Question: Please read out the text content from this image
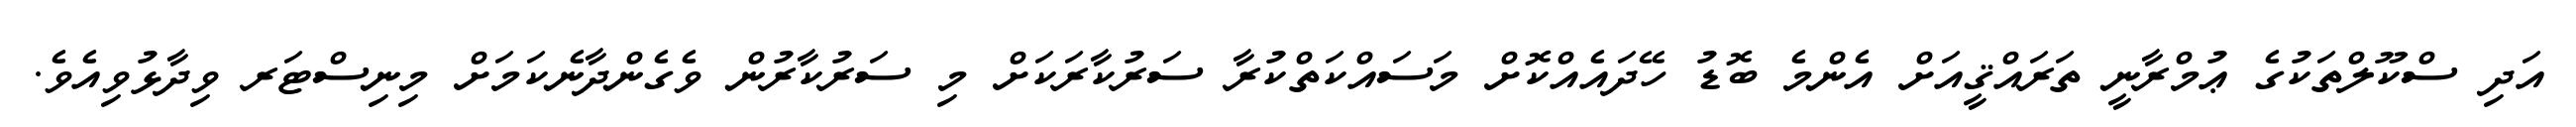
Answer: އަދި ސްކޫލްތަކުގެ ޢުމްރާނީ ތަރައްޤީއަށް އެންމެ ބޮޑު ހޭދައެއްކޮށް މަސައްކަތްކުރާ ސަރުކާރަކަށް މި ސަރުކާރުން ވެގެންދާނެކަމަށް މިނިސްޓަރ ވިދާޅުވިއެވެ.